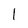
Character: l